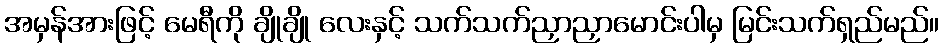
အမှန်အားဖြင့် မေရီကို ချိုချို လေးနှင့် သက်သက်ညှာညှာမောင်းပါမှ မြင်းသက်ရှည်မည်။